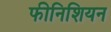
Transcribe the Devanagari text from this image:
फीनिशियन